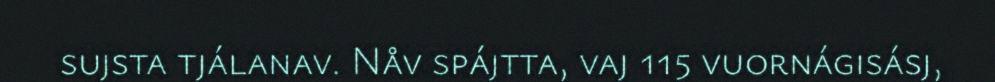
sujsta tjálanav. Nåv spájtta, vaj 115 vuornágisásj,